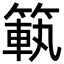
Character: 𥰳